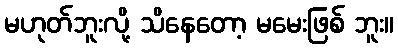
မဟုတ်ဘူးလို့ သိနေတော့ မမေးဖြစ် ဘူး။